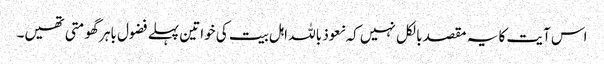
اس آیت کا یہ مقصد بالکل نہیں کہ نعوذ باللہ اہل بیت کی خواتین پہلے فضول باہر گھومتی تھیں۔